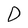
Character: D